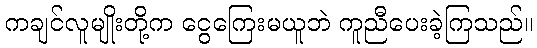
ကချင်လူမျိုးတို့က ငွေကြေးမယူဘဲ ကူညီပေးခဲ့ကြသည်။